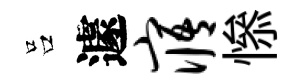
吕遽寤𢡖